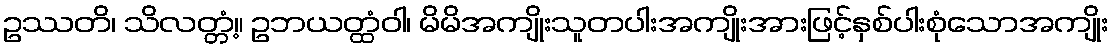
ဥဿတိ၊ သိလတ္တံ့။ ဥဘယတ္ထံဝါ၊ မိမိအကျိုးသူတပါးအကျိုးအားဖြင့်နှစ်ပါးစုံသောအကျိုး